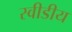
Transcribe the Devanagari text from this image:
स्वीडीय